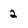
Character: 2